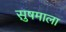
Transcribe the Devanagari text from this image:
सु़षमाला